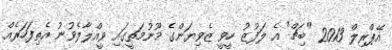
އޭޕްރިލް 2013 "ބިޗް" އެ ލަފުޒު ހީވީ ޒެވިޔަންގެ މޫނުމަތީގައި ވީއްލާލެވުނު އެތިފަހަރެއް